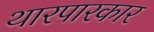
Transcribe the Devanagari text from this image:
थारपारकार